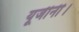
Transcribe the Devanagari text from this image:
यूजीनी।